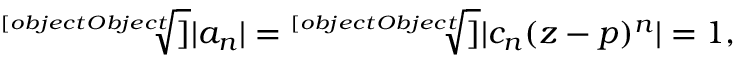
{ \sqrt [ [object Object] ] { | a _ { n } | } } = { \sqrt [ [object Object] ] { | c _ { n } ( z - p ) ^ { n } | } } = 1 ,